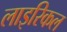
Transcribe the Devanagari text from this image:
लाइरिकल